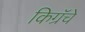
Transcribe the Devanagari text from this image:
किग्रॅचे